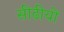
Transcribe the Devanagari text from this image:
सीढीयों